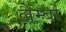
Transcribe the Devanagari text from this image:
लैम्बो